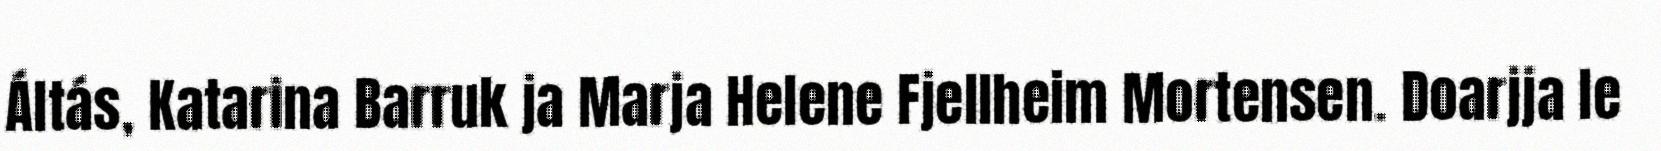
Áltás, Katarina Barruk ja Marja Helene Fjellheim Mortensen. Doarjja le